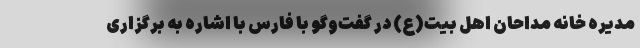
مدیره خانه مداحان اهل بیت(ع) در گفت‌وگو با فارس با اشاره به برگزاری